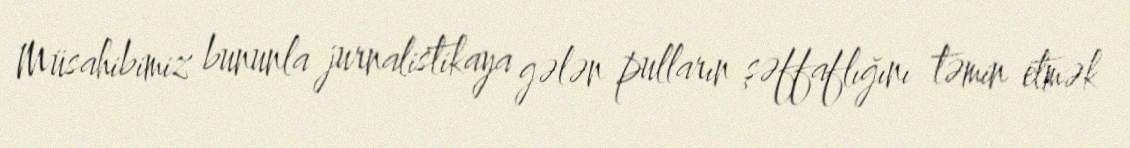
Müsahibimiz bununla jurnalistikaya gələn pulların şəffaflığını təmin etmək